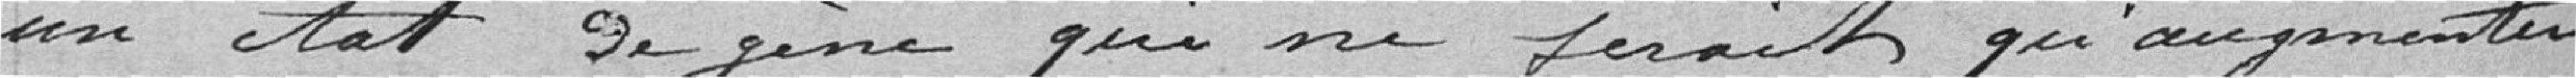
un état de gêne qui ne ferait qu'augmenter